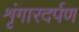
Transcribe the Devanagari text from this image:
शृंगारदर्पण